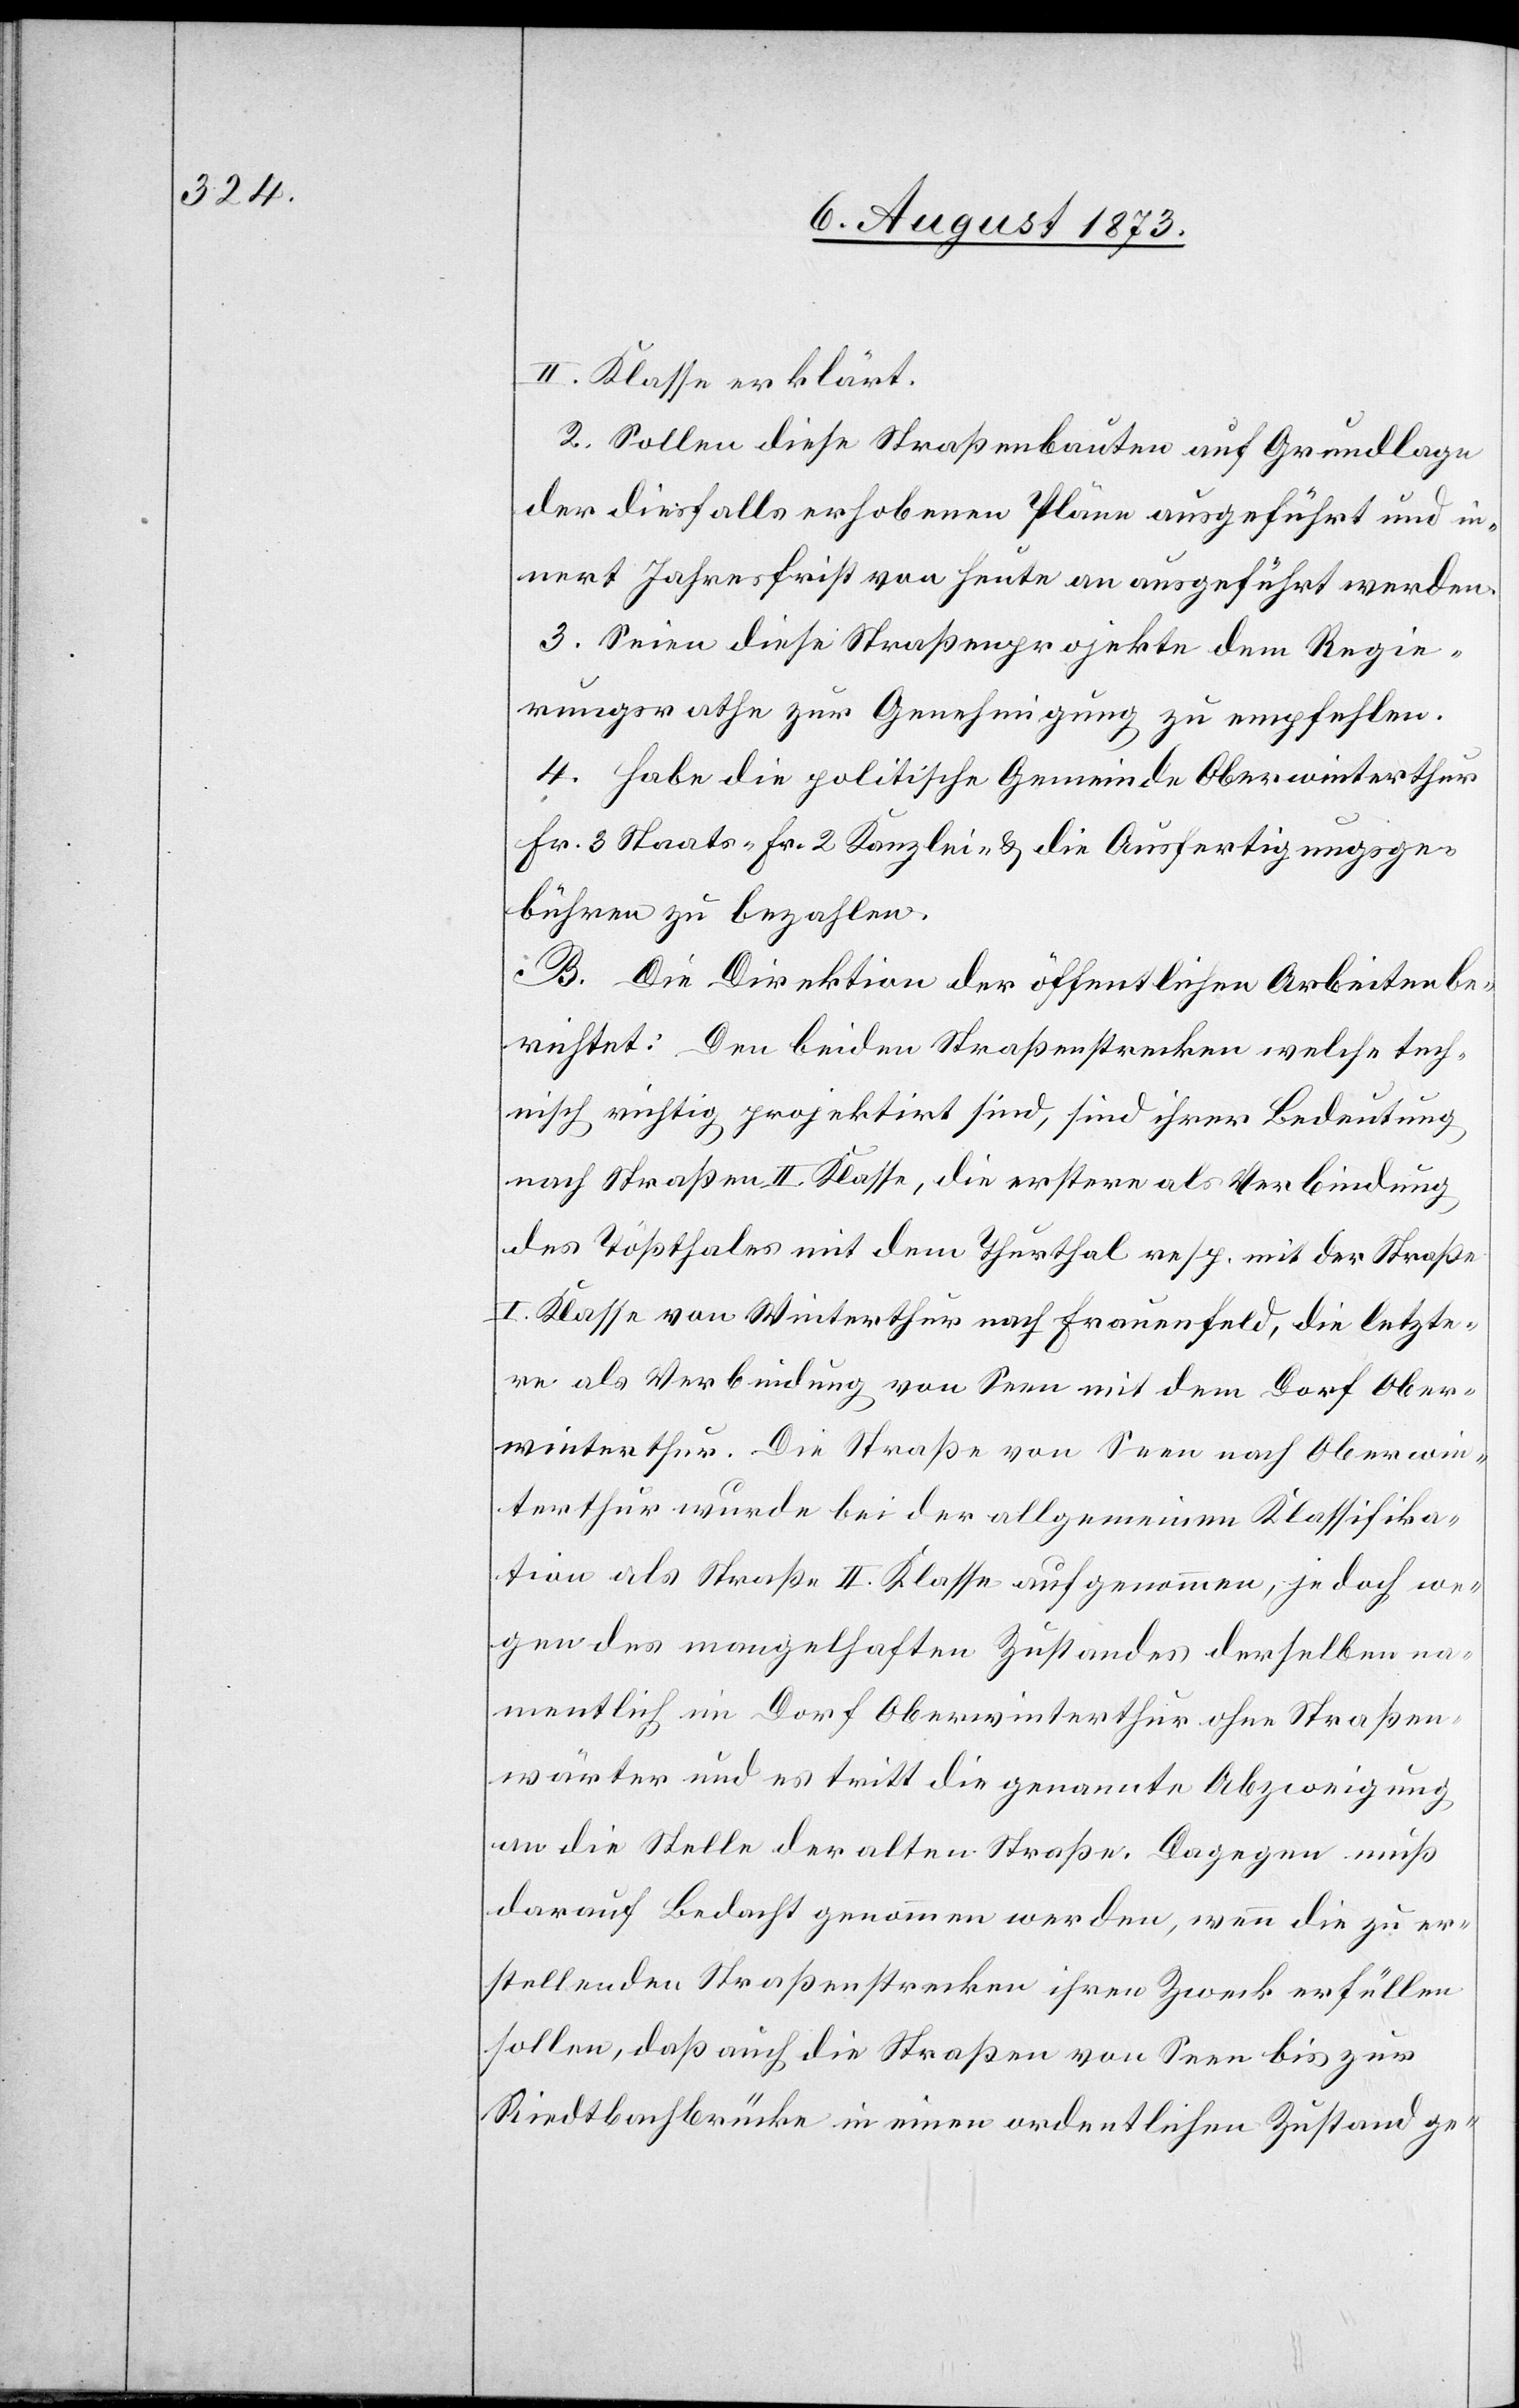
II. Klasse erklärt.
2. Sollen diese Straßenbauten auf Grundlage
der diesfalls erhobenen Pläne ausgeführt und in¬
nert Jahresfrist von heute an ausgeführt werden.
3. Seien diese Straßenprojekte dem Regie¬
rungsrathe zur Genehmigung zu empfehlen.
4. Habe die politische Gemeinde Oberwinterthur
Fr. 3 Staats- Fr. 2 Kanzlei- & die Ausfertigungsge¬
bühren zu bezahlen.
B. Die Direktion der öffentlichen Arbeiten be¬
richtet: Den [sic!] beiden Straßenstrecken welche tech¬
nisch richtig projektirt sind, sind ihrer Bedeutung
nach Straßen II. Klasse, die erstere als Verbindung
des Tößthales mit dem Thurthal resp. mit der Straße
I. Klasse von Winterthur nach Frauenfeld, die letzte¬
re als Verbindung von Seen mit dem Dorf Ober¬
winterthur. Die Straße von Seen nach Oberwin¬
terthur wurde bei der allgemeinen Klassifika¬
tion als Straße II. Klasse aufgenommen, jedoch we¬
gen des mangelhaften Zustandes derselben na¬
mentlich im Dorf Oberwinterthur ohne Straßen¬
wärter und es tritt die genannte Abzweigung
an die Stelle der alten Straße. Dagegen muß
darauf Bedacht genommen werden, wenn die zu er¬
stellenden Straßenstrecken ihren Zweck erfüllen
sollen, daß auch die Straßen von Seen bis zur
Riedtbachbrücke in einen ordentlichen Zustand ge-